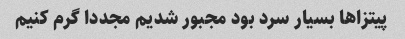
پیتزاها بسیار سرد بود مجبور شدیم مجددا گرم کنیم